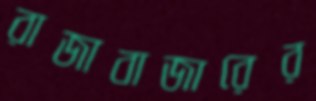
রাজাবাজারের